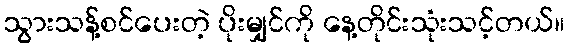
သွားသန့်စင်ပေးတဲ့ ပိုးမျှင်ကို နေ့တိုင်းသုံးသင့်တယ်။